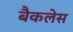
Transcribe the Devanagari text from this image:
बैकलेस